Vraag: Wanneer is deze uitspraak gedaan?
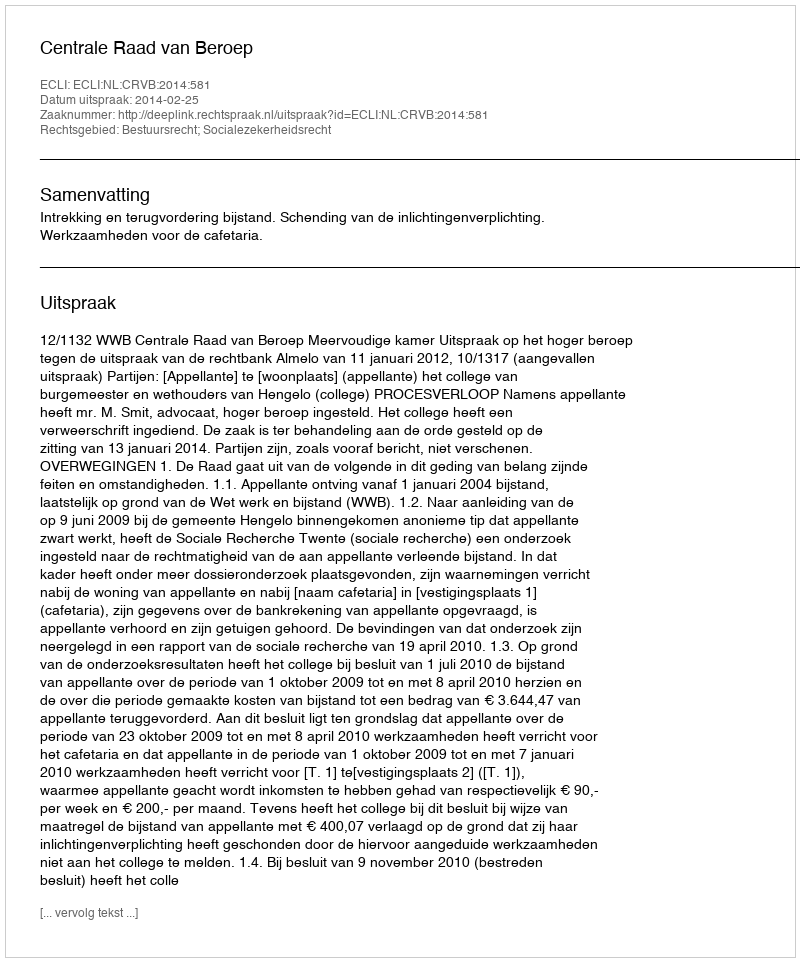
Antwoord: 2014-02-25